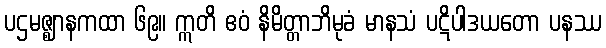
ပဌမဇ္ဈာနကထာ ၆၉။ ဣတိ ဧဝံ နိမိတ္တာဘိမုခံ မာနသံ ပဋိပါဒယတော ပနဿ